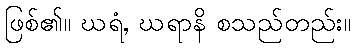
ဖြစ်၏။ ဃရံ, ဃရာနိ စသည်တည်း။